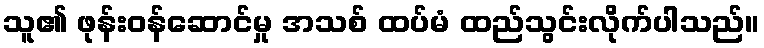
သူ၏ ဖုန်းဝန်ဆောင်မှု အသစ် ထပ်မံ ထည်သွင်းလိုက်ပါသည်။